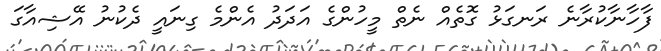
ފާހާނާކުރާނެ ރަނގަޅު ގޮތެއް ނެތް މީހުންގެ އަދަދު އެންމެ ގިނައީ ދެކުނު އޭޝިއާގަ